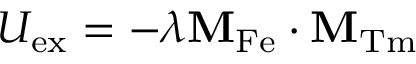
U _ { \mathrm { e x } } = - \lambda \mathbf { M } _ { \mathrm { F e } } \cdot \mathbf { M } _ { \mathrm { T m } }